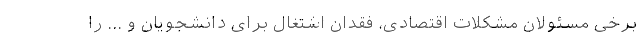
برخی مسئولان مشکلات اقتصادی، فقدان اشتغال برای دانشجویان و ... را